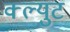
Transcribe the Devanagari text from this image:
क्ल्युट